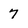
Character: 7